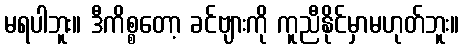
မရပါဘူး။ ဒီကိစ္စတော့ ခင်ဗျားကို ကူညီနိုင်မှာမဟုတ်ဘူး။